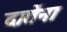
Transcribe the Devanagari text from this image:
दातेंना